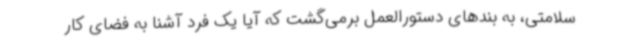
سلامتی، به بندهای دستورالعمل برمی‌گشت که آیا یک فرد آشنا به فضای کار